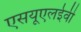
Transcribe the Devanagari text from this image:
एसयूएलईवी